Source: Computer-generated
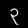
Digit: ၃ (3)